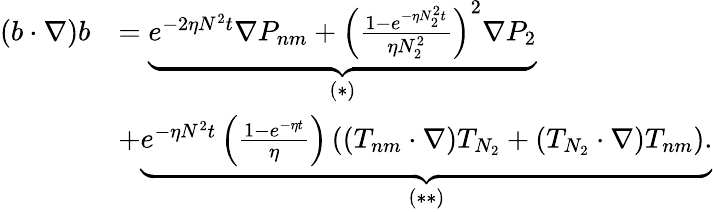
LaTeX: \begin{array}{rl}{(b\cdot\nabla)b}&{=\underbrace{e^{-2\eta N^{2}t}\nabla P_{nm}+\left(\frac{1-e^{-\eta N_{2}^{2}t}}{\eta N_{2}^{2}}\right)^{2}\nabla P_{2}}_{(*)}}\\ &{+\underbrace{e^{-\eta N^{2}t}\left(\frac{1-e^{-\eta t}}{\eta}\right)\left((T_{nm}\cdot\nabla)T_{N_{2}}+(T_{N_{2}}\cdot\nabla)T_{nm}\right).}_{(**)}}\end{array}